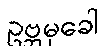
ဥဗ္ဘမုခေါ